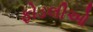
ફોડલીઓ